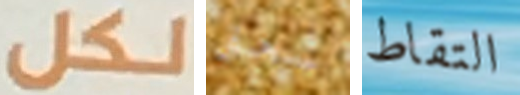
لكل سحق التقاط